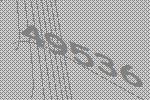
49536